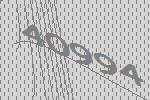
40994